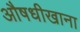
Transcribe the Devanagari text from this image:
औषधीखाना